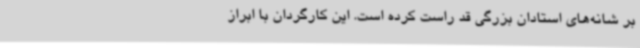
بر شانه‌های استادان بزرگی قد راست کرده است. این کارگردان با ابراز